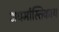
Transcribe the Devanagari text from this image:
अधर्मास्तिकाय